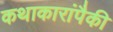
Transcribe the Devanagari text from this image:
कथाकारांपैकी